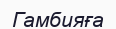
Гамбияға